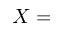
X =